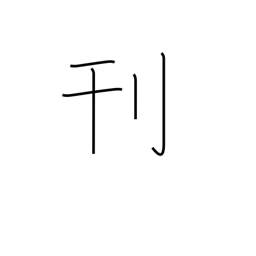
Meaning: carve